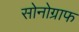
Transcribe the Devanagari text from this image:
सोनोग्राफ